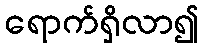
ရောက်ရှိလာ၍